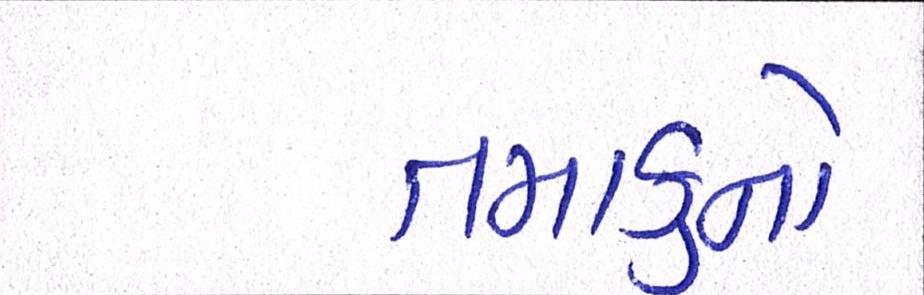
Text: તમાકુનો